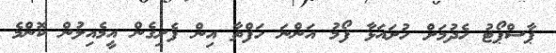
ޕާސްޕޯޓު ހެދުމަށް ހުށައަޅާ ފޯމު އަންނަ ހަފްތާ އިން ފެށިގެން އީމެއިލުން ކޮންމެ